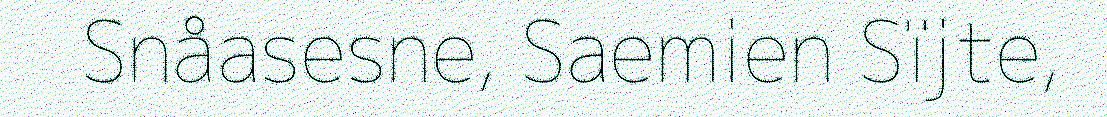
Snåasesne, Saemien Sïjte,